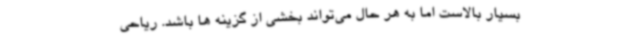
بسیار بالاست اما به هر حال می‌تواند بخشی از گزینه ها باشد. ریاحی